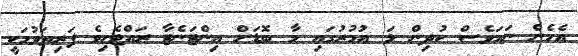
އެހެން ނަމަވެސް ކުދިން ޅަ އުމުރުގައި މާ ބޮޑަށް އިންޓަނެޓާ ރައްޓެހިވެ ފަރިތަވުމަކީ